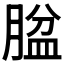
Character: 𱼐